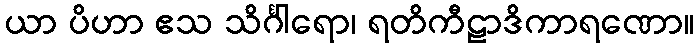
ယာ ပိဟာ ဧသ သိင်္ဂါရော၊ ရတိကီဠာဒိကာရဏော။